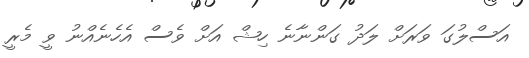
އަސްލުގަ ވަރަށް ލަދު ގަންނާނެ ހިޝް އަށް ވެސް އެހެނެއްނު ވީ މެރީ